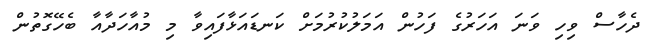
ދެހާސް ވިހި ވަނަ އަހަރުގެ ފަހުން އަމަލުކުރުމަށް ކަނޑައަޅާފައިވާ މި މުއާހަދާއާ ބެހޭގޮތުން